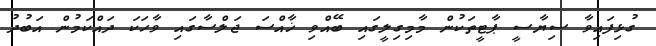
ގުޅިފައިވާ ސިޔާސީ ޕާޓީތަކުން މާމިގިލީގައި ބޭއްވި ޚާއްސަ ޖަލްސާގައި ވާހަކަ ދައްކަމުން އަބުދު